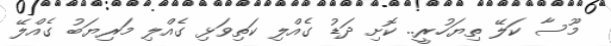
މޫސާ ކަލޭ ތިޔަހުރީ.. ކޮށި ދަޑު ގެއްލި ކަތިވަޅި ގެއްލި މަރިޔަބު ގެއްލޭ